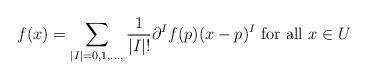
LaTeX: \begin{align*}f(x) = \sum_{|I|=0, 1, \dots, } \frac{1}{|I|!} \partial^I f(p) (x-p)^I \mbox{ for all } x\in U\end{align*}